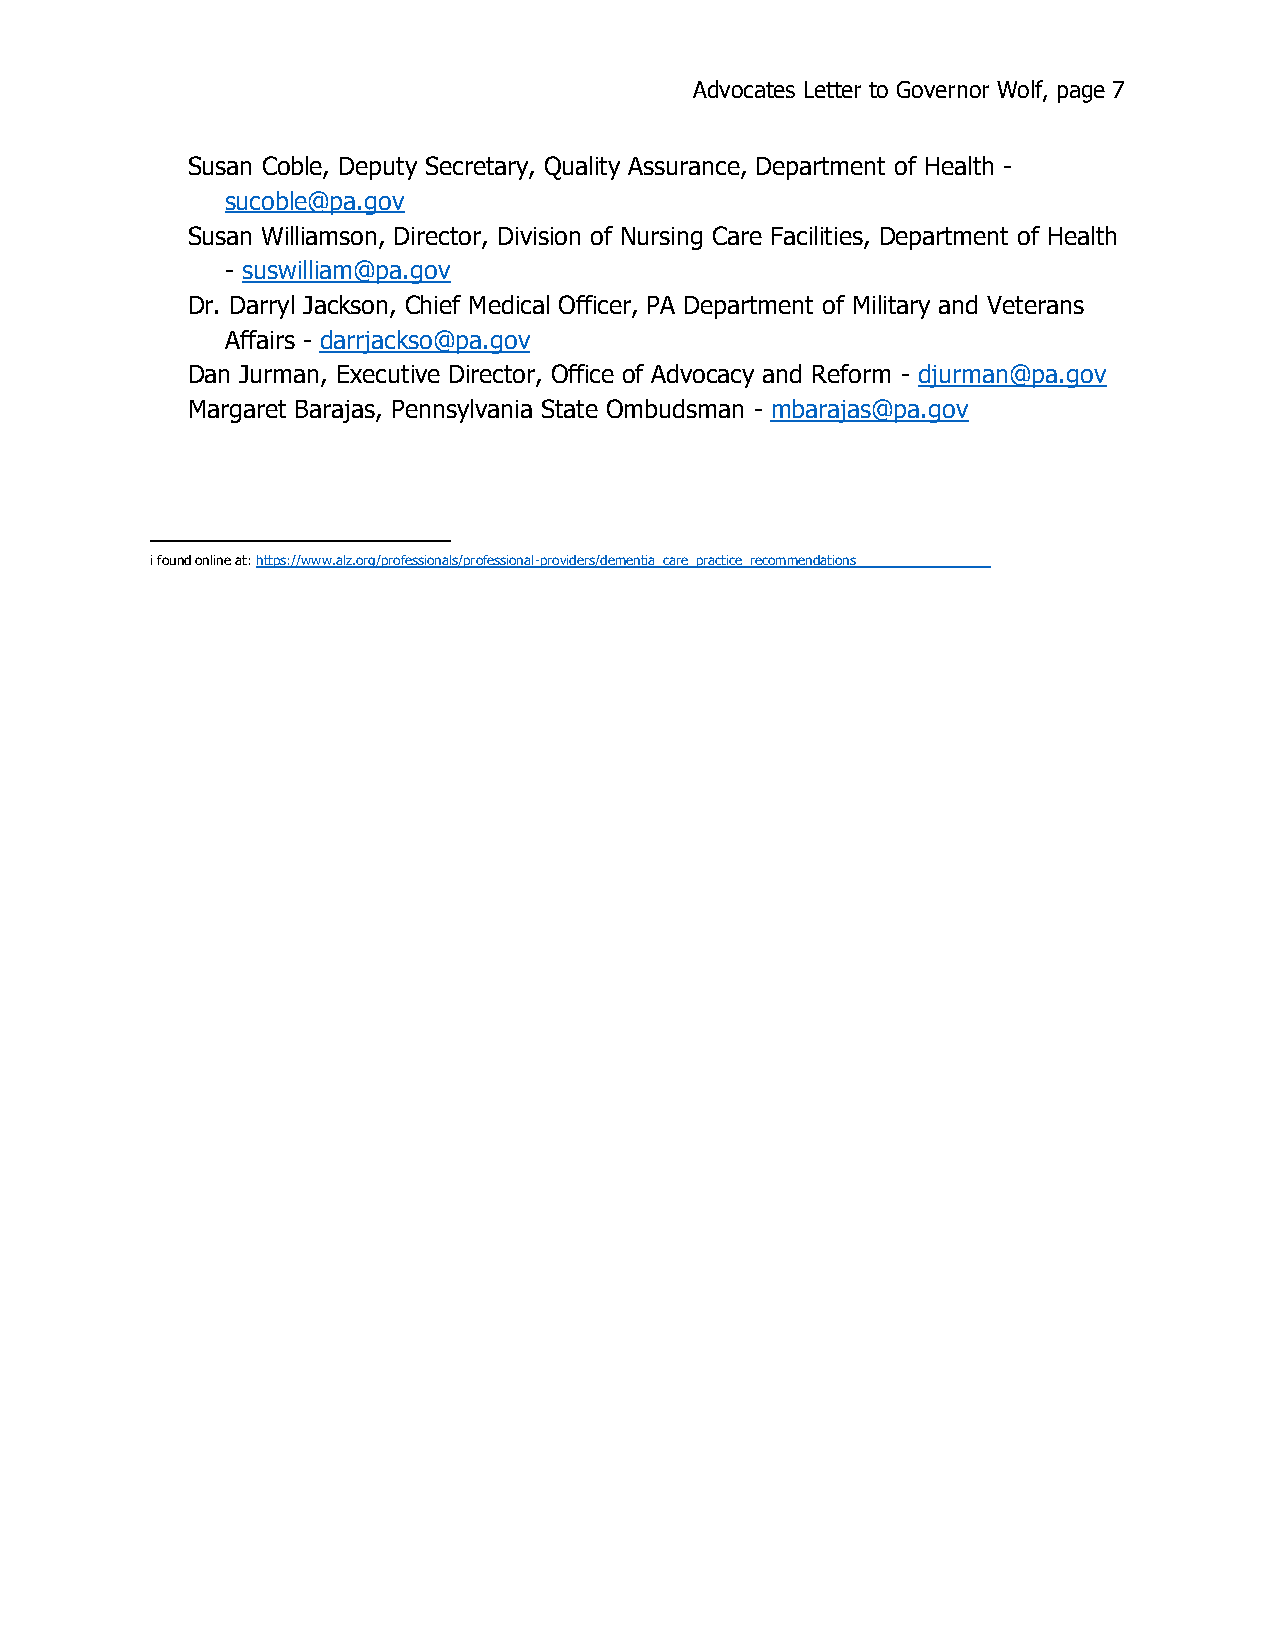
Advocates Letter to Governor Wolf, page 7
 Susan Coble, Deputy Secretary, Quality Assurance, Department of Health -
 sucoble@pa.gov
 Susan Williamson, Director, Division of Nursing Care Facilities, Department of Health
 - suswilliam@pa.gov
 Dr. Darryl Jackson, Chief Medical Officer, PA Department of Military and Veterans
 Affairs - darrjackso@pa.gov
 Dan Jurman, Executive Director, Office of Advocacy and Reform - djurman@pa.gov
 Margaret Barajas, Pennsylvania State Ombudsman - mbarajas@pa.gov
 i found online at: https://www.alz.org/professionals/professional-providers/dementia_care_practice_recommendations